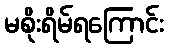
မစိုးရိမ်ရကြောင်း